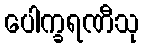
ပေါက္ခရဏီသု